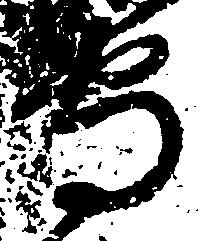
守